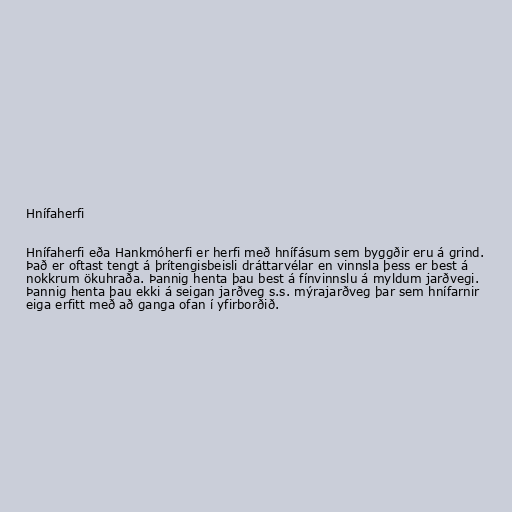
Hnífaherfi

Hnífaherfi eða Hankmóherfi er herfi með hnífásum sem byggðir eru á grind.
Það er oftast tengt á þrítengisbeisli dráttarvélar en vinnsla þess er best á
nokkrum ökuhraða. Þannig henta þau best á fínvinnslu á myldum jarðvegi.
Þannig henta þau ekki á seigan jarðveg s.s. mýrajarðveg þar sem hnífarnir
eiga erfitt með að ganga ofan í yfirborðið.